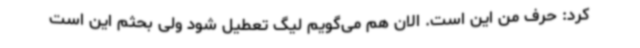
کرد: حرف من این است. الان هم می‌گویم لیگ تعطیل شود ولی بحثم این است